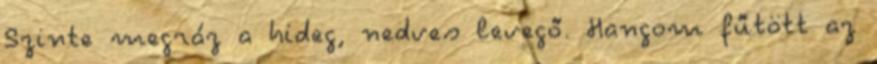
Szinte megráz a hideg, nedves levegő. Hangom fűtött az